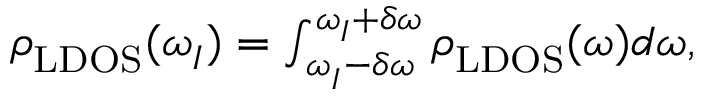
\begin{array} { r } { \rho _ { \mathrm { L D O S } } ^ { } ( \omega _ { I } ^ { } ) = \int _ { \omega _ { I } ^ { } - \delta \omega } ^ { \omega _ { I } ^ { } + \delta \omega } \rho _ { \mathrm { L D O S } } ^ { } ( \omega ) d \omega , } \end{array}